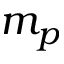
m _ { p }